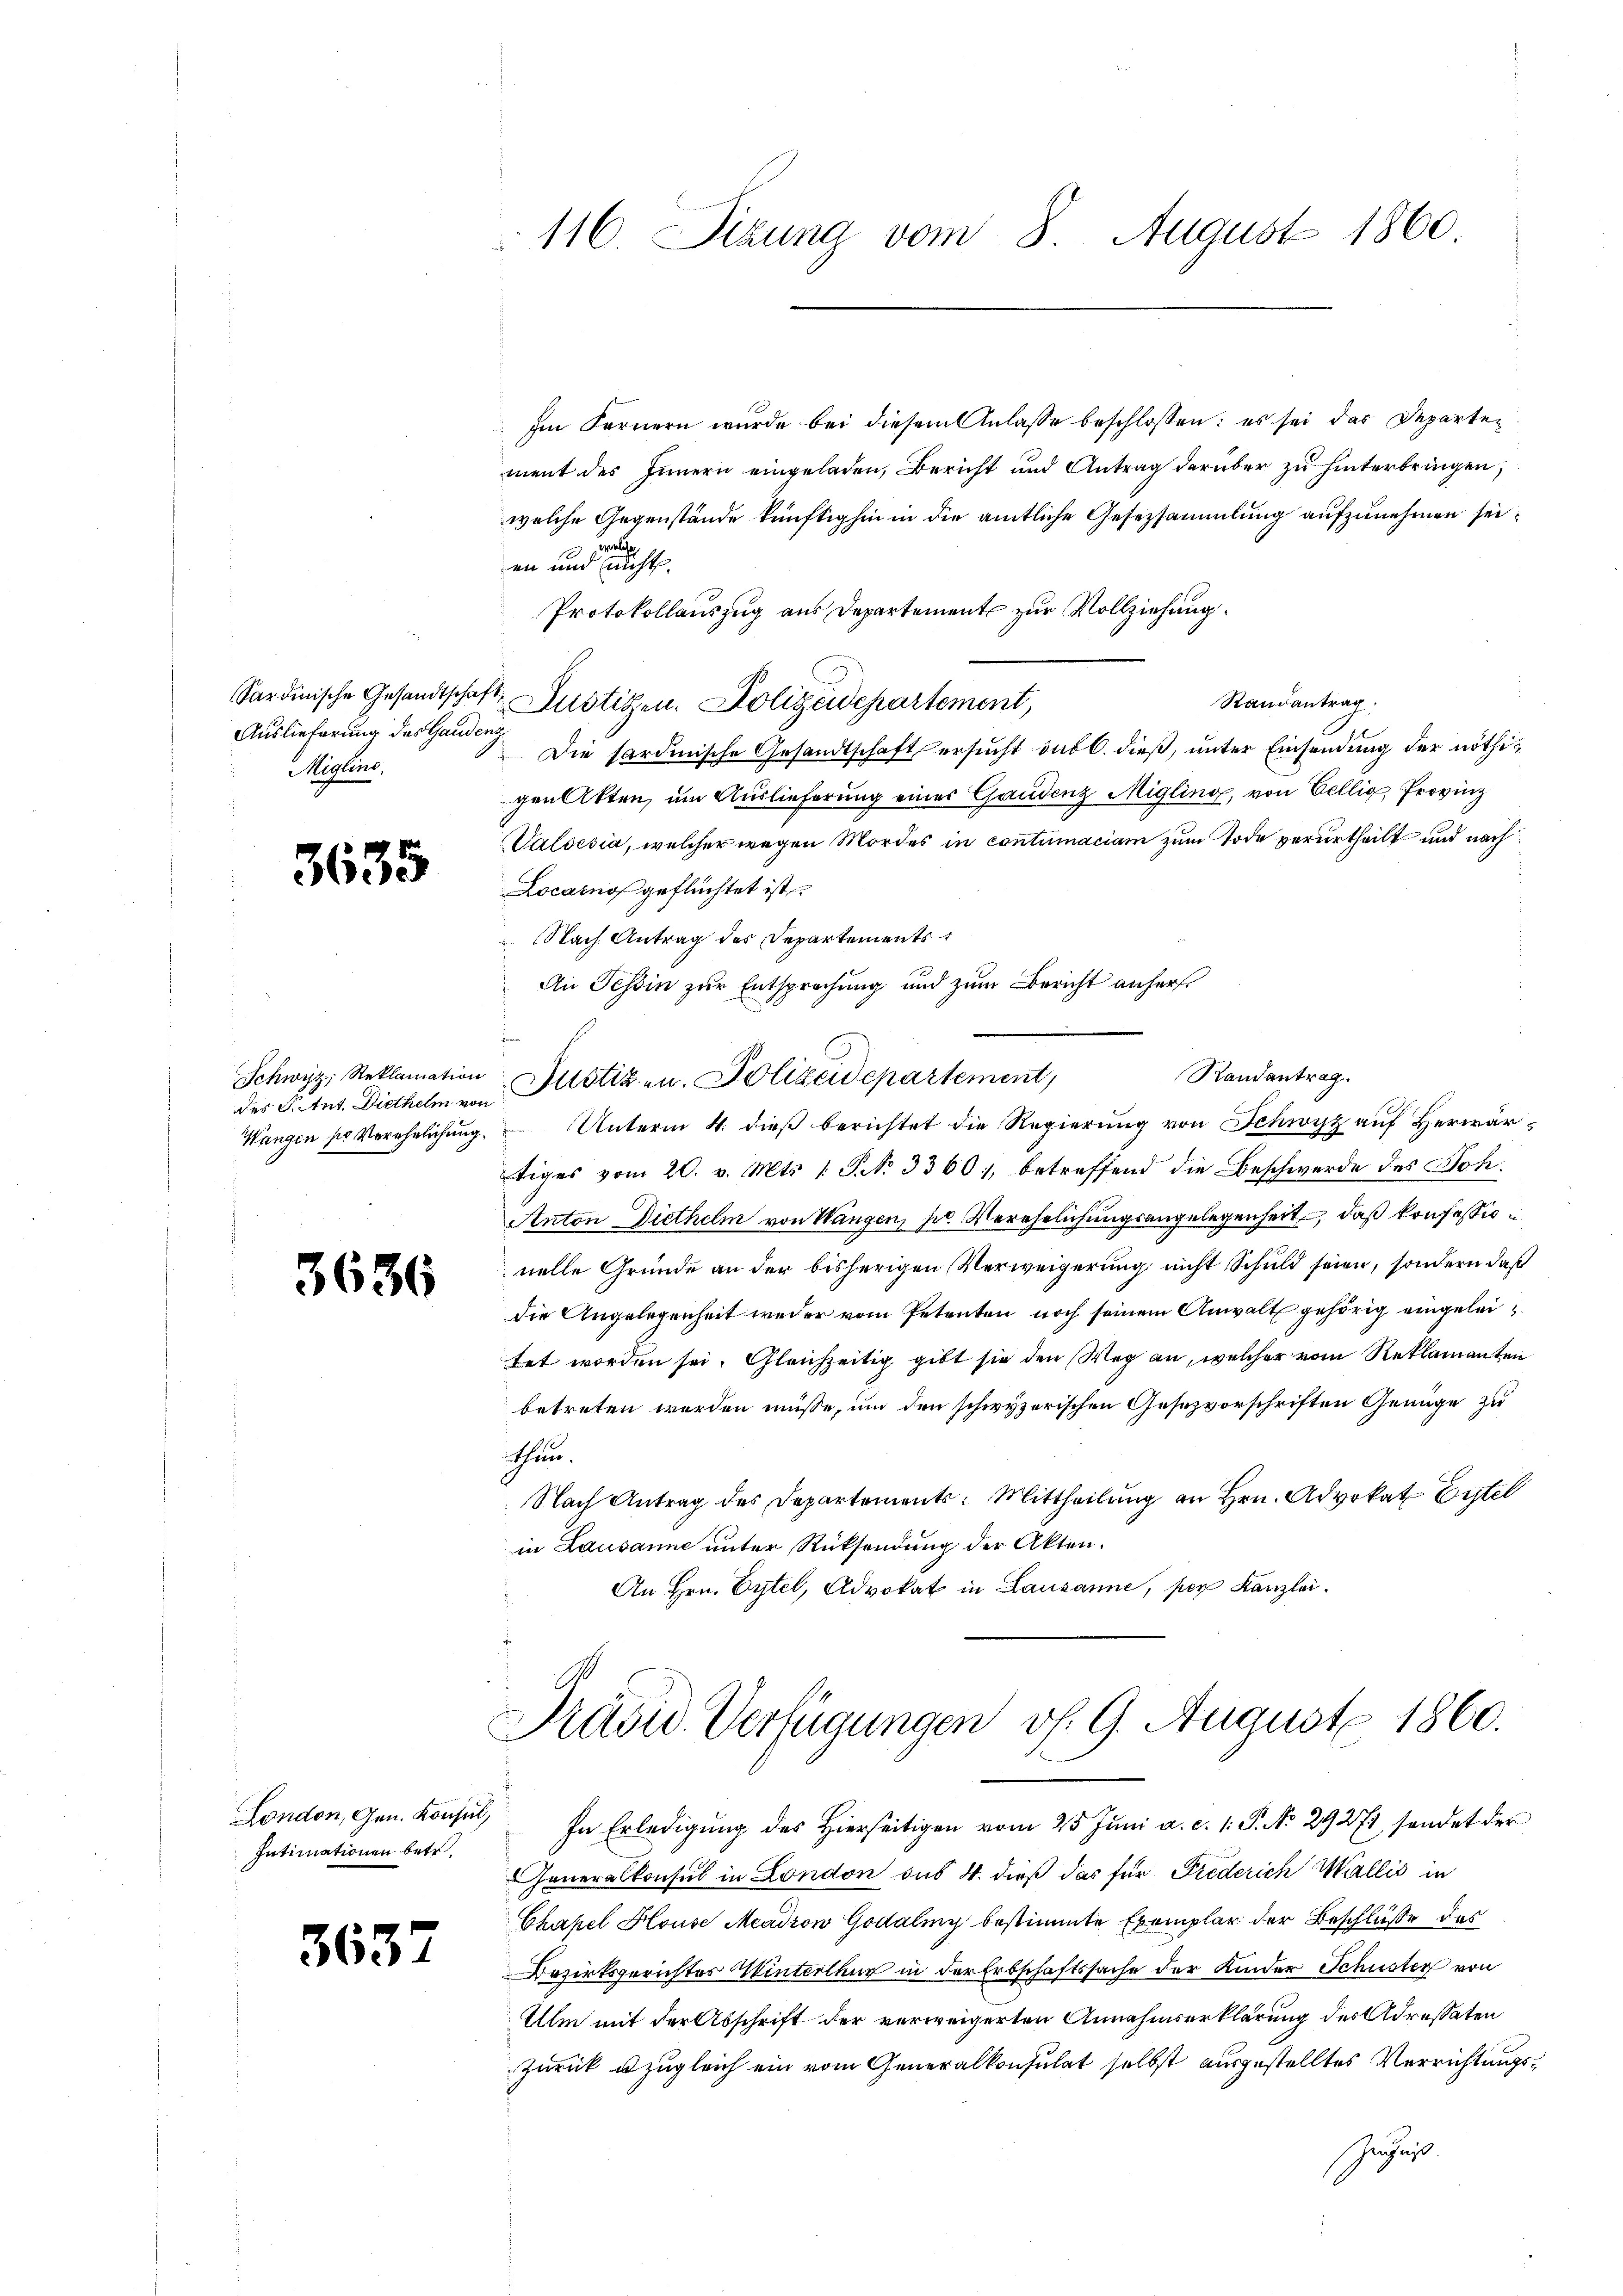
Auslieferung des Gandenz
Miglins,

3635

des Stut. Diethelm von

3636

London, Gen. Konsul,
Intimationen betr.

3632

116. Sizung vom 8. August 1860.

Im Fernern wurde bei diesem Anlasse beschlossen: es sei das Departement des Innern eingeladen, Bericht und Antrag darüber zu hinterbringen,
welche Gegenstände künftighin in die amtliche Gesezsammlung aufzunehmen sei,
en und nicht
Protokollauszug aus Departement zur Vollziehung.
Sardinische Gesandtschaft Zustizen. Polizeidepartement,
Randantrag
 Die sardinische Gesandtschaft ersucht sub 6. dieß, unter Einsendung der nöthigen Akten, um Auslieferung einer Gandenz Migling, von Vellig, Provinz
Valsesia, welcher wegen Mordes in contumaciam zum Tode verurtheilt und nach
Locarno geflüchtet ist
Nach Antrag des Departements
An Tessin zur Entsprechung und zum Bericht anher¬
Randantrag.
Schwyz, Reklamation Justizen. Polizeidepartement,
Wangen pr Verehelichŭng. Unterm 4. dieβ berichtet die Regierŭng von Schwyz auf Herrrärtiges vom 20. v. Mts. 1. P. No 33601, betreffend die Beschwerde des Soh¬
Anton Diethelm von Wangen, pr. Verehelichungsangelegenheit, daß konfessionelle Gründe an der bisherigen Verweigerung nicht Schuld seien, sondern daß
die Angelegenheit weder vom Petenten noch seinem Anwalt gehörig eingeleitet worden sei. Gleichzeitig gibt sie den Weg an, welcher vom Reklamanten
betreten werden müsse, um den schwyzerischen Gesezvorschriften Genüge zu
thun.
Nach Antrag des Departements-Mittheilung an Hrn. Advokat Erstel
in Lausanne unter Rücksendung der Akten.
An Hrn. Eytel, Advokat in Lausanne, per Kanzlei.

Pritze. Verfügungen v. 9. August 1860.

In Erledigung des hierseitigen vom 25 Juni a. c. 1. P. No 29271 sendet der
Generalkonsul in London aus 4. dieß das für Frederich Wallis in
Chapel House Meadron Godaling bestimmte Exemplar der Beschlüße des
Bezirksgerichtes Winterthur in der Erbschaftssache der Kinder Schuster von
Ulm mit der Abschrift der verweigerten Annahmserklärung des Adressaten
zurück u. zugleich ein vom Generalkonsulat selbst ausgestelltes Verrichtungs¬
Zensust